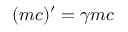
( m c ) ^ { \prime } = \gamma m c